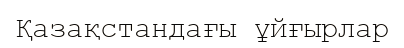
Қазақстандағы ұйғырлар